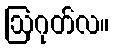
ဩဂုတ်လ။